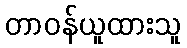
တာဝန်ယူထားသူ